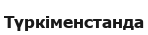
Түркіменстанда